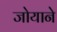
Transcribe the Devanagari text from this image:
जोयाने